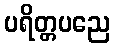
ပရိတ္တပညေ